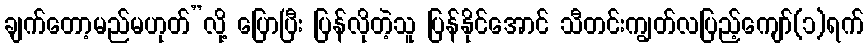
ချက်တော့မည်မဟုတ်”လို့ ပြောပြီး ပြန်လိုတဲ့သူ ပြန်နိုင်အောင် သီတင်းကျွတ်လပြည့်ကျော်(၁)ရက်